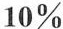
10%